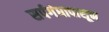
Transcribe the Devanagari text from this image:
सर्पगंधापासून